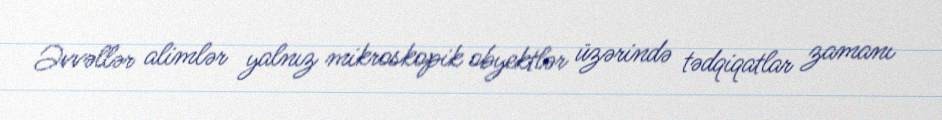
Əvvəllər alimlər yalnız mikroskopik obyektlər üzərində tədqiqatlar zamanı